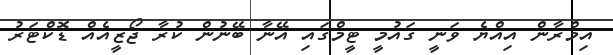
އިމްރާން އިއްޔެ ވަނީ ގައުމީ ޓީމްގައި އޭނާ ބޭނުން ކުރާ ޖޯޒީއެއް ޑޮކްޓަރު